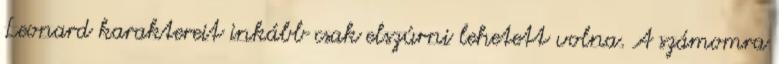
Leonard karaktereit inkább csak elszúrni lehetett volna. A számomra